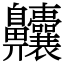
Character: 齉